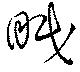
眠